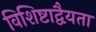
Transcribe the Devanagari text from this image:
विशिष्टाद्वैयता